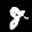
Label: 8